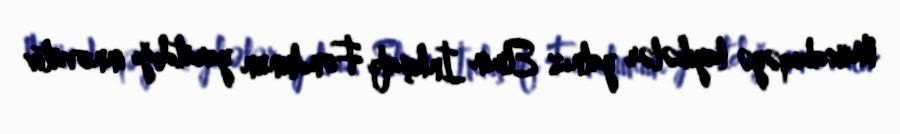
Müsabiqəyə layihələr yalnız Elmin İnkişafı Fondunun yaratdığı innovativ